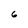
Character: 6